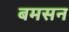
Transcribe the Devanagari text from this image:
बमसन